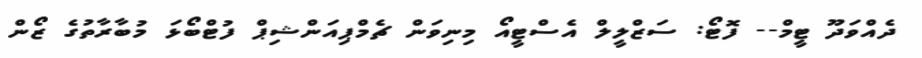
ދެއްވަދޫ ޓީމް-- ފޮޓޯ: ސަޒްލީލް އެސްޓީއޯ މިނިވަން ޗެމްޕިއަންޝިޕް ފުޓްބޯޅަ މުބާރާތުގެ ޒޯން